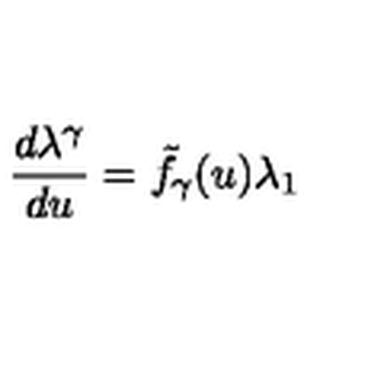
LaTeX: \frac { d \lambda ^ { \gamma } } { d u } = { \tilde { f } } _ { \gamma } ( u ) \lambda _ { 1 }